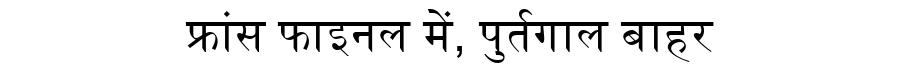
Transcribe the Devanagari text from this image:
फ्रांस फाइनल में, पुर्तगाल बाहर